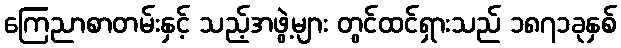
ကြေညာစာတမ်းနှင့် သည့်အဖွဲ့များ တွင်ထင်ရှားသည် ၁၈၇၁ခုနှစ်